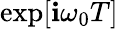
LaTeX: \exp[\mathbf{i}\omega_{0}T]